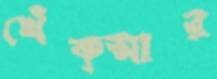
খেঁক্‌আর